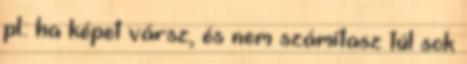
pl.: ha képet vársz, és nem számítasz túl sok